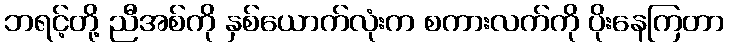
ဘရင့်တို့ ညီအစ်ကို နှစ်ယောက်လုံးက စကားလက်ကို ပိုးနေကြတာ